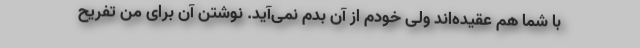
با شما هم عقیده‌اند ولی خودم از آن بدم نمی‌آید. نوشتن آن برای من تفریح